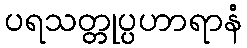
ပရသတ္တုပ္ပဟာရာနံ